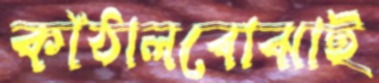
কাঁঠালবোঝাই